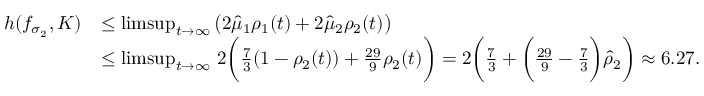
\begin{array} { r l } { h ( f _ { \sigma _ { 2 } } , K ) } & { \leq \operatorname* { l i m s u p } _ { t \to \infty } \big ( 2 \hat { \mu } _ { 1 } \rho _ { 1 } ( t ) + 2 \hat { \mu } _ { 2 } \rho _ { 2 } ( t ) \big ) } \\ & { \leq \operatorname* { l i m s u p } _ { t \to \infty } \, 2 \bigg ( \frac { 7 } { 3 } ( 1 - \rho _ { 2 } ( t ) ) + \frac { 2 9 } { 9 } \rho _ { 2 } ( t ) \bigg ) = 2 \bigg ( \frac { 7 } { 3 } + \bigg ( \frac { 2 9 } { 9 } - \frac { 7 } { 3 } \bigg ) \hat { \rho } _ { 2 } \bigg ) \approx 6 . 2 7 . } \end{array}